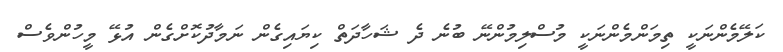
ކަލޭމެންނަކީ ތިމަންމެންނަކީ މުސްލިމުންނޭ ބުނެ ދެ ޝަހާދަތް ކިޔައިގެން ނަމާދުކޮށްގެން އުޅޭ މީހުންވެސް